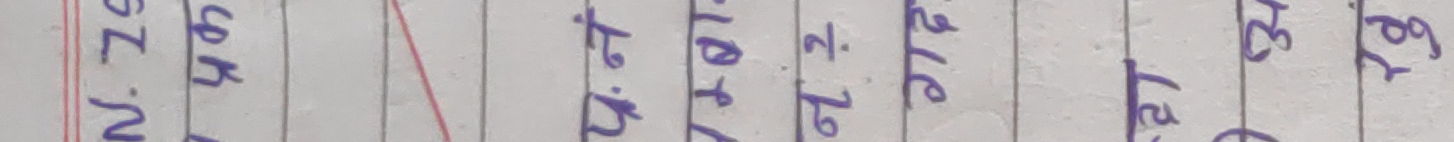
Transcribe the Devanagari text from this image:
ज. नं. 79
घ. कि. टा.
न. 12
नं. 316
उटा